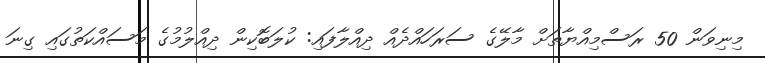
މިނިވަން 50 ރަސްމިއްޔާތަށް މާލޭގެ ސަރަހައްދެއް ދިއްލާފައި: ކުލަބޮކިން ދިއްލުމުގެ މަސައްކަތުގައި ގިނަ